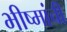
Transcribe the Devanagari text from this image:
भीष्मांची